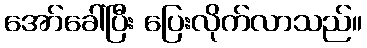
အော်ခေါ်ပြီး ပြေးလိုက်လာသည်။